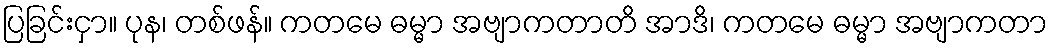
ပြခြင်းငှာ။ ပုန၊ တစ်ဖန်။ ကတမေ ဓမ္မာ အဗျာကတာတိ အာဒိ၊ ကတမေ ဓမ္မာ အဗျာကတာ